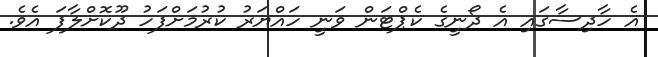
އެ ހާދިސާގައި އެ ދޯނީގެ ކެޕްޓަން ވަނީ ހައްޔަރު ކުރުމަށްފަހު ދޫކޮށްލާފަ އެވެ.